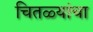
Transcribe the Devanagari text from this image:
चितळ्यांचा